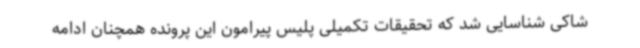
شاکی شناسایی شد که تحقیقات تکمیلی پلیس پیرامون این پرونده همچنان ادامه